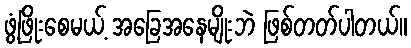
ဖွံ့ဖြိုးစေမယ့် အခြေအနေမျိုးဘဲ ဖြစ်တတ်ပါတယ်။